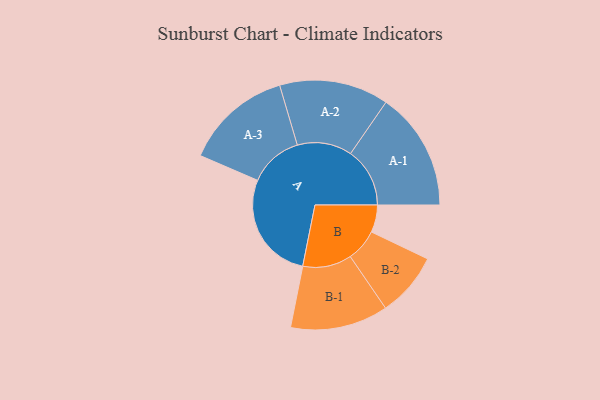
{"axis": {"x": "Segment", "y": "Value"}, "legend": ["", "A", "B"], "data": [{"x": "A", "y": 475, "type": ""}, {"x": "B", "y": 119, "type": ""}, {"x": "A-1", "y": 258, "type": "A"}, {"x": "A-2", "y": 238, "type": "A"}, {"x": "A-3", "y": 234, "type": "A"}, {"x": "B-1", "y": 213, "type": "B"}, {"x": "B-2", "y": 140, "type": "B"}]}